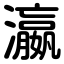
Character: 瀛